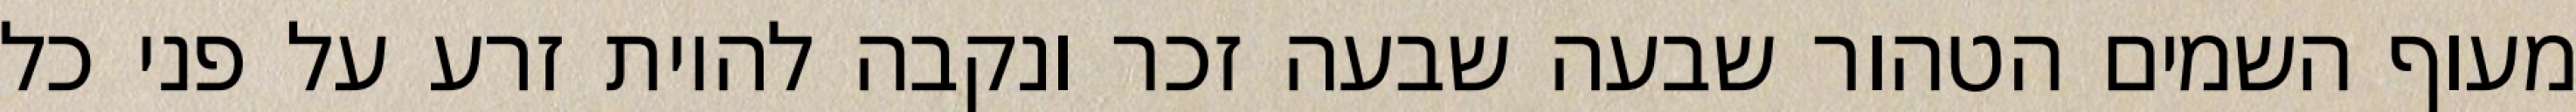
מעוף השמים הטהור שבעה שבעה זכר ונקבה להיות זרע על פני כל